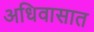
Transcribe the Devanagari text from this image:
अधिवासात